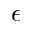
\epsilon